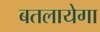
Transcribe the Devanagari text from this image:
बतलायेगा